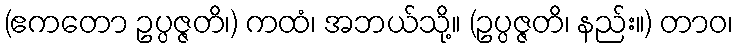
(ဧကတော ဥပ္ပဇ္ဇတိ၊) ကထံ၊ အဘယ်သို့။ (ဥပ္ပဇ္ဇတိ၊ နည်း။) တာဝ၊